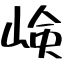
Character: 𡸴